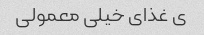
ی غذای خیلی معمولی